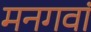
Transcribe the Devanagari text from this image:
मनगवां